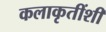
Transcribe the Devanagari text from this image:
कलाकृतींशी